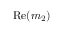
\mathrm { R e } ( m _ { 2 } )